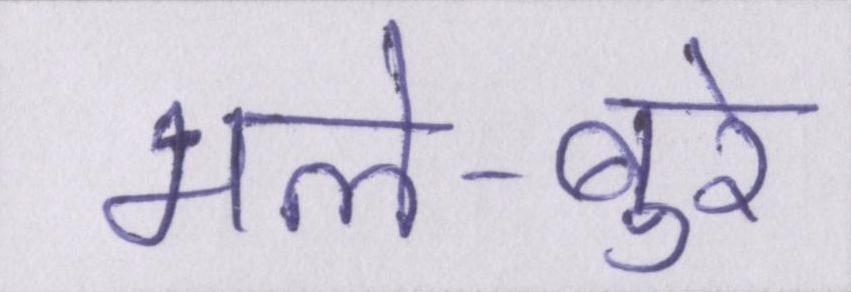
भले-बुरे